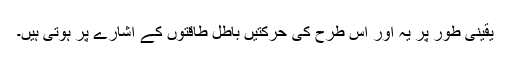
یقینی طور پر یہ اور اس طرح کی حرکتیں باطل طاقتوں کے اشارے پر ہوتی ہیں۔